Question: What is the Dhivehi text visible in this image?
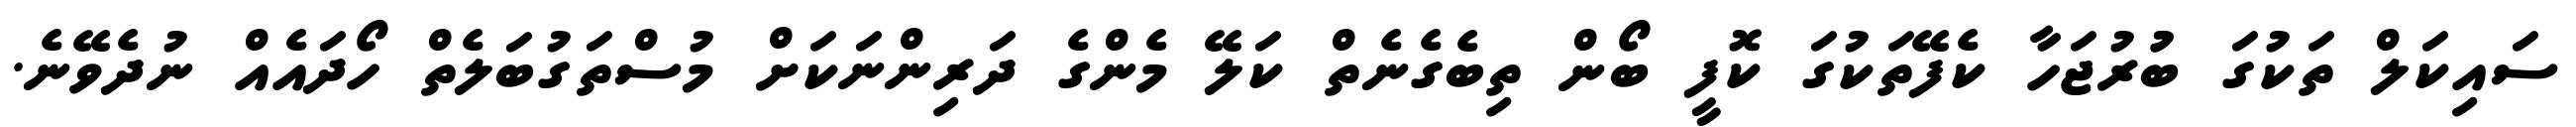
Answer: ސައިކަލް ތަކުގަ ބުުރުޖަހާ ކެފޭތަކުގަ ކޮފީ ބޯން ތިބެގެނެތް ކަލޭ މެންގެ ދަރިންނަކަށް މުސްތަގުބަލެތް ހޯދައެއް ނުދެވޭނެ.